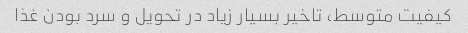
کیفیت متوسط، تاخیر بسیار زیاد در تحویل و سرد بودن غذا